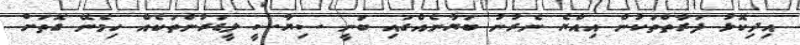
އިދިކޮޅު ފަރާތްތަކުން އިއްޔެ ނެރުނު ބަޔާނެއްގައި ބުނީ ސިޔާސީ ލީޑަރުންތަކެއް ހިމެނޭ ގޮތަށް